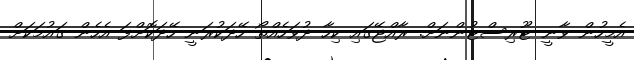
އެމީހުން ވާނީ ޓޫރިސްޓުންނަށް. ރާއްޖޭގައި ކިހާ ދުވަހެއްތޯ ހޭދަކުރަނީ ހޭދަކޮށްފަ އެހެން ގައުމަކަށް